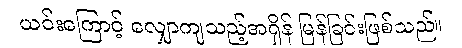
ယင်းကြောင့် လျှောကျသည့်အရှိန် မြန်ခြင်းဖြစ်သည်။